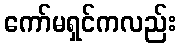
ကော်မရှင်ကလည်း